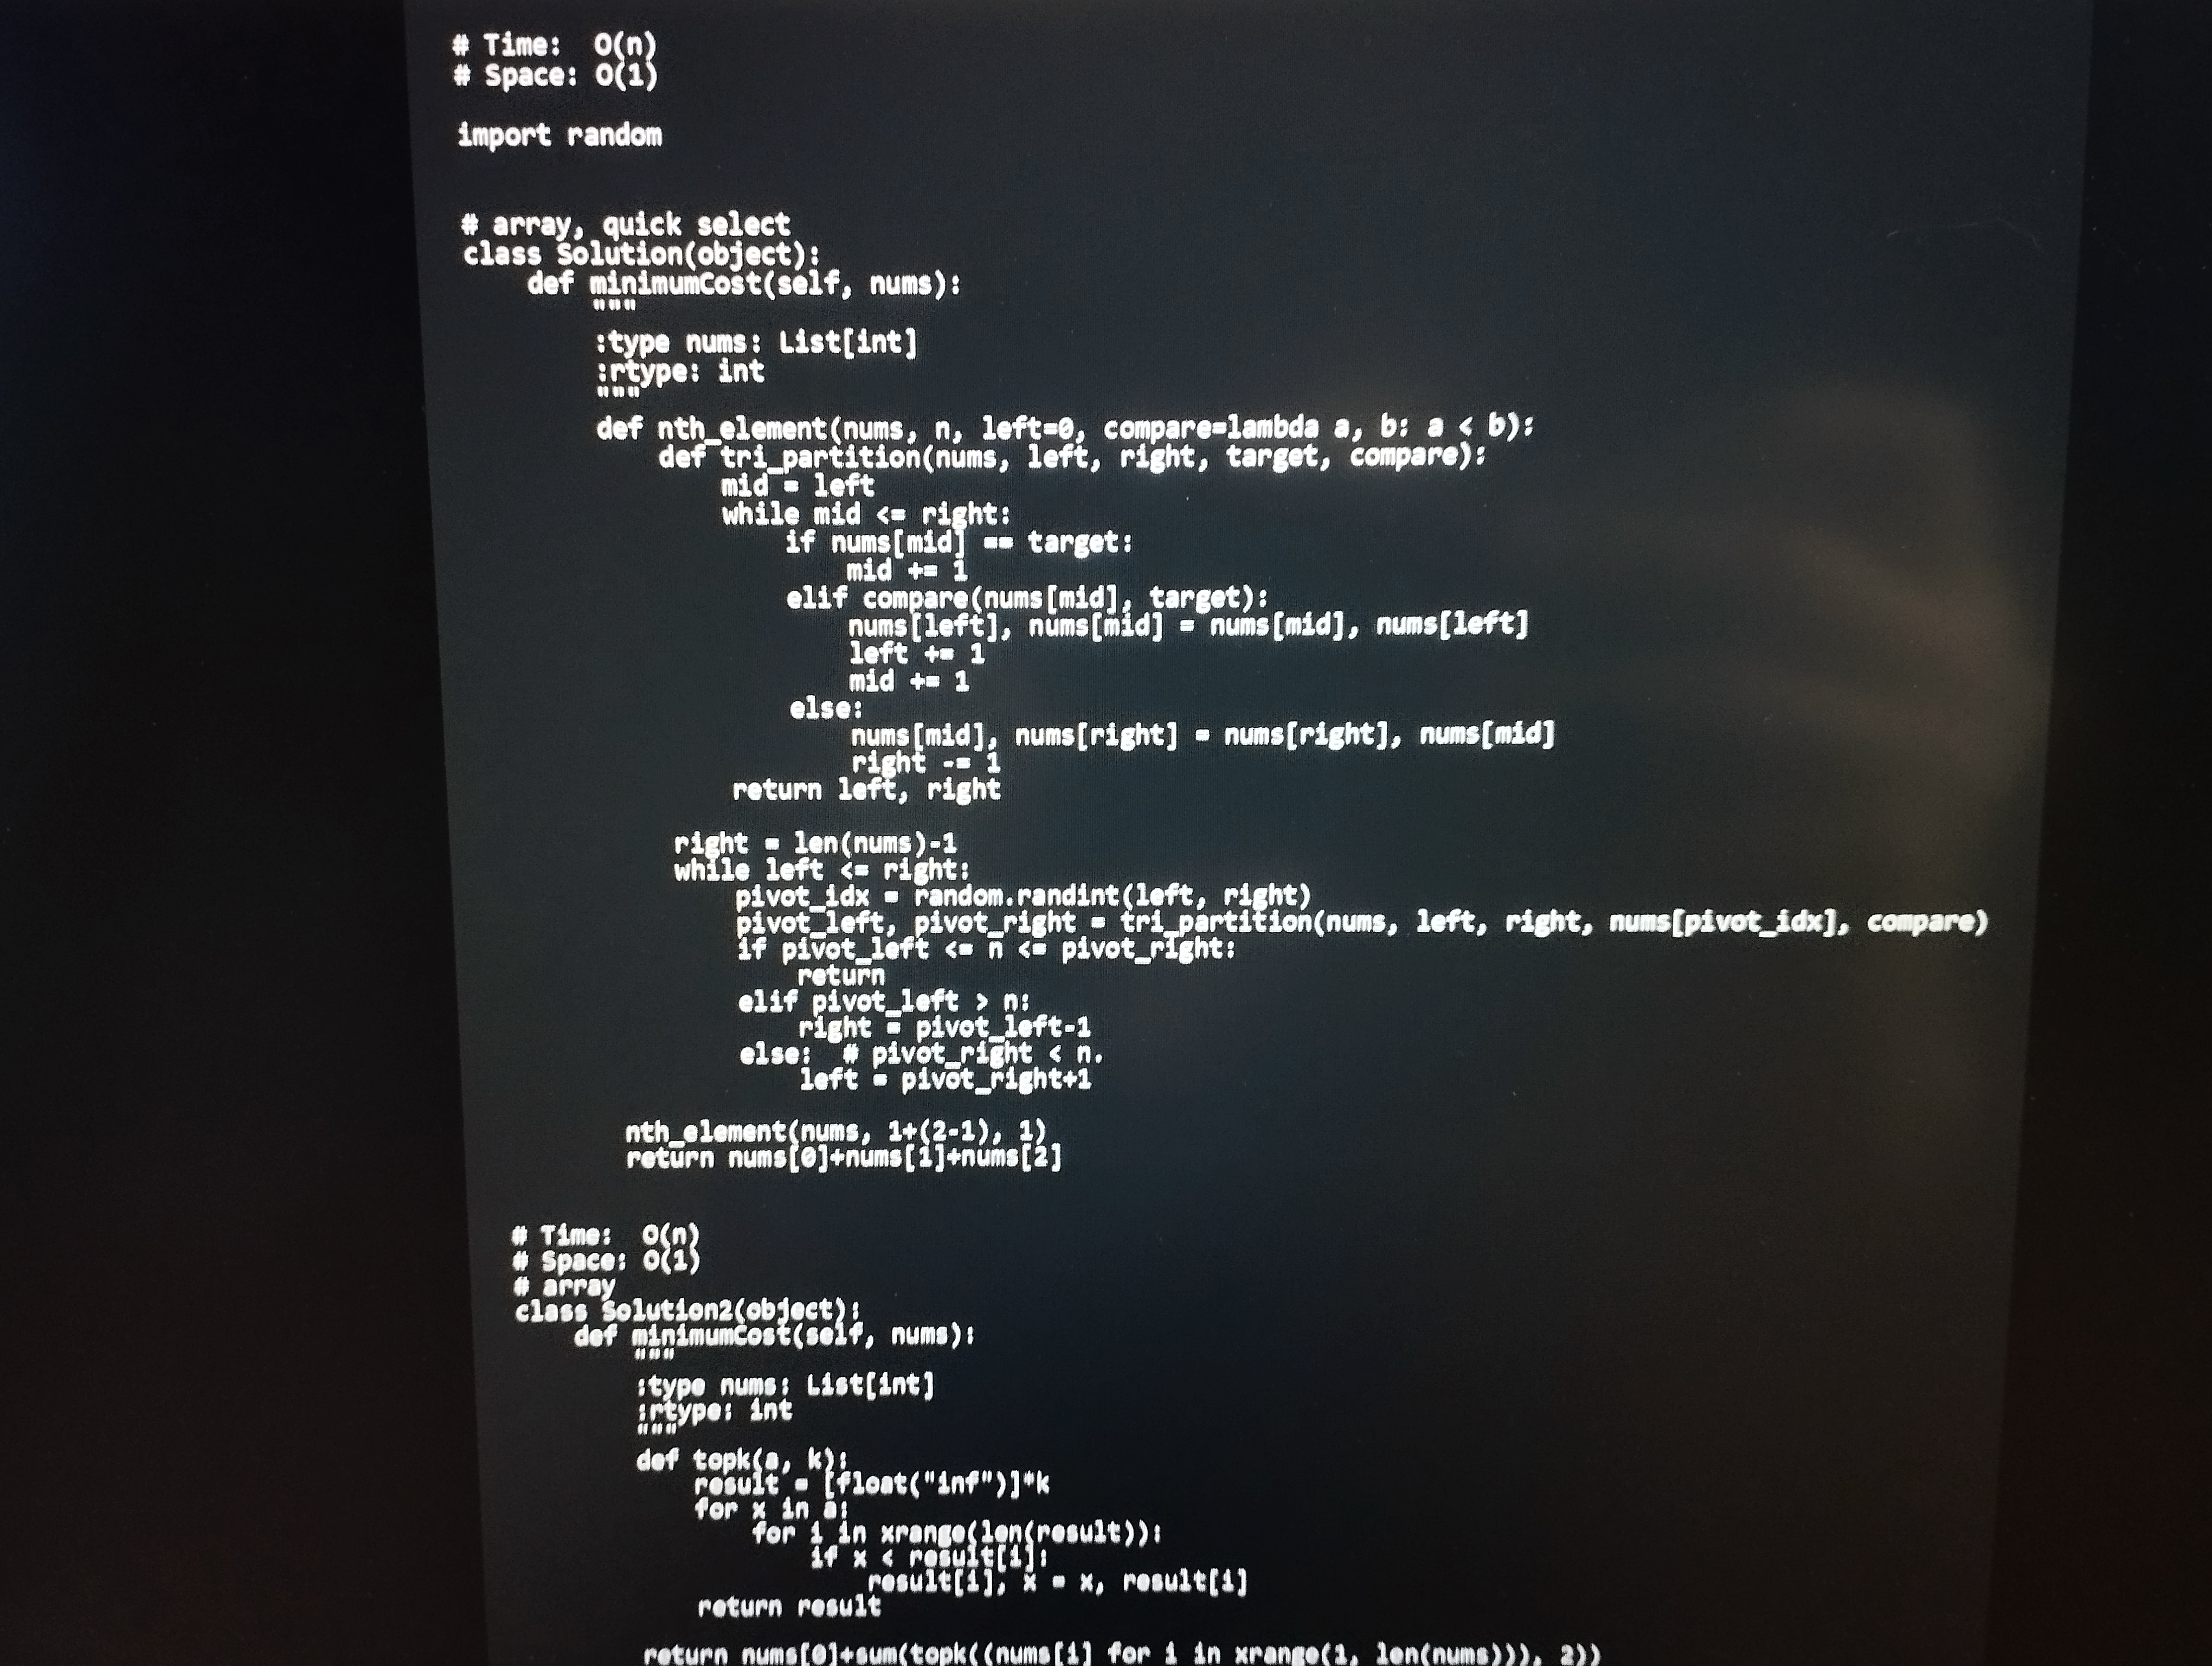
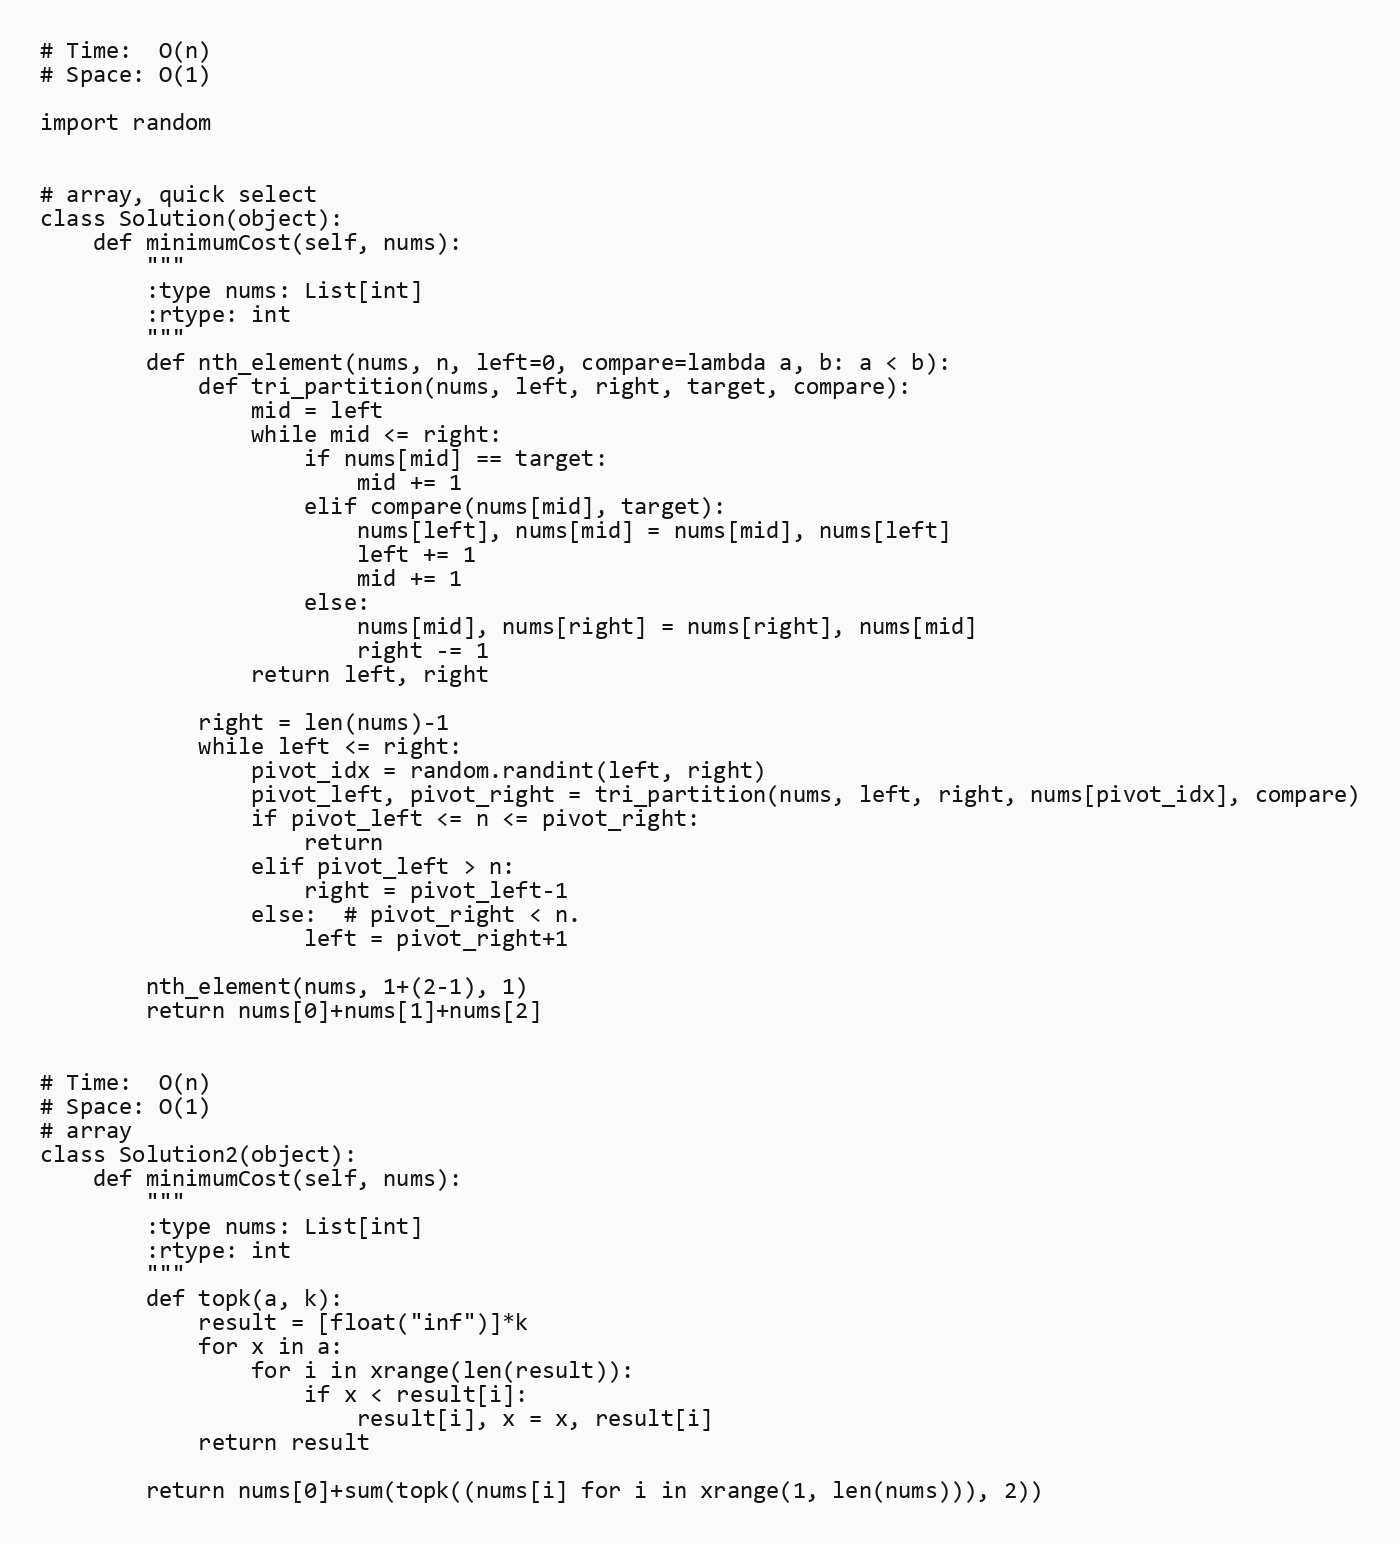
# Time:  O(n)
# Space: O(1)

import random

# array, quick select
class Solution(object):
    def minimumCost(self, nums):
        """
        :type nums: List[int]
        :rtype: int
        """
        def nth_element(nums, n, left=0, compare=lambda a, b: a < b):
            def tri_partition(nums, left, right, target, compare):
                mid = left
                while mid <= right:
                    if nums[mid] == target:
                        mid += 1
                    elif compare(nums[mid], target):
                        nums[left], nums[mid] = nums[mid], nums[left]
                        left += 1
                        mid += 1
                    else:
                        nums[mid], nums[right] = nums[right], nums[mid]
                        right -= 1
                return left, right

            right = len(nums)-1
            while left <= right:
                pivot_idx = random.randint(left, right)
                pivot_left, pivot_right = tri_partition(nums, left, right, nums[pivot_idx], compare)
                if pivot_left <= n <= pivot_right:
                    return
                elif pivot_left > n:
                    right = pivot_left-1
                else:  # pivot_right < n.
                    left = pivot_right+1

        nth_element(nums, 1+(2-1), 1)
        return nums[0]+nums[1]+nums[2]

# Time:  O(n)
# Space: O(1)
# array
class Solution2(object):
    def minimumCost(self, nums):
        """
        :type nums: List[int]
        :rtype: int
        """
        def topk(a, k):
            result = [float("inf")]*k
            for x in a:
                for i in xrange(len(result)):
                    if x < result[i]:
                        result[i], x = x, result[i]
            return result

        return nums[0]+sum(topk((nums[i] for i in xrange(1, len(nums))), 2))